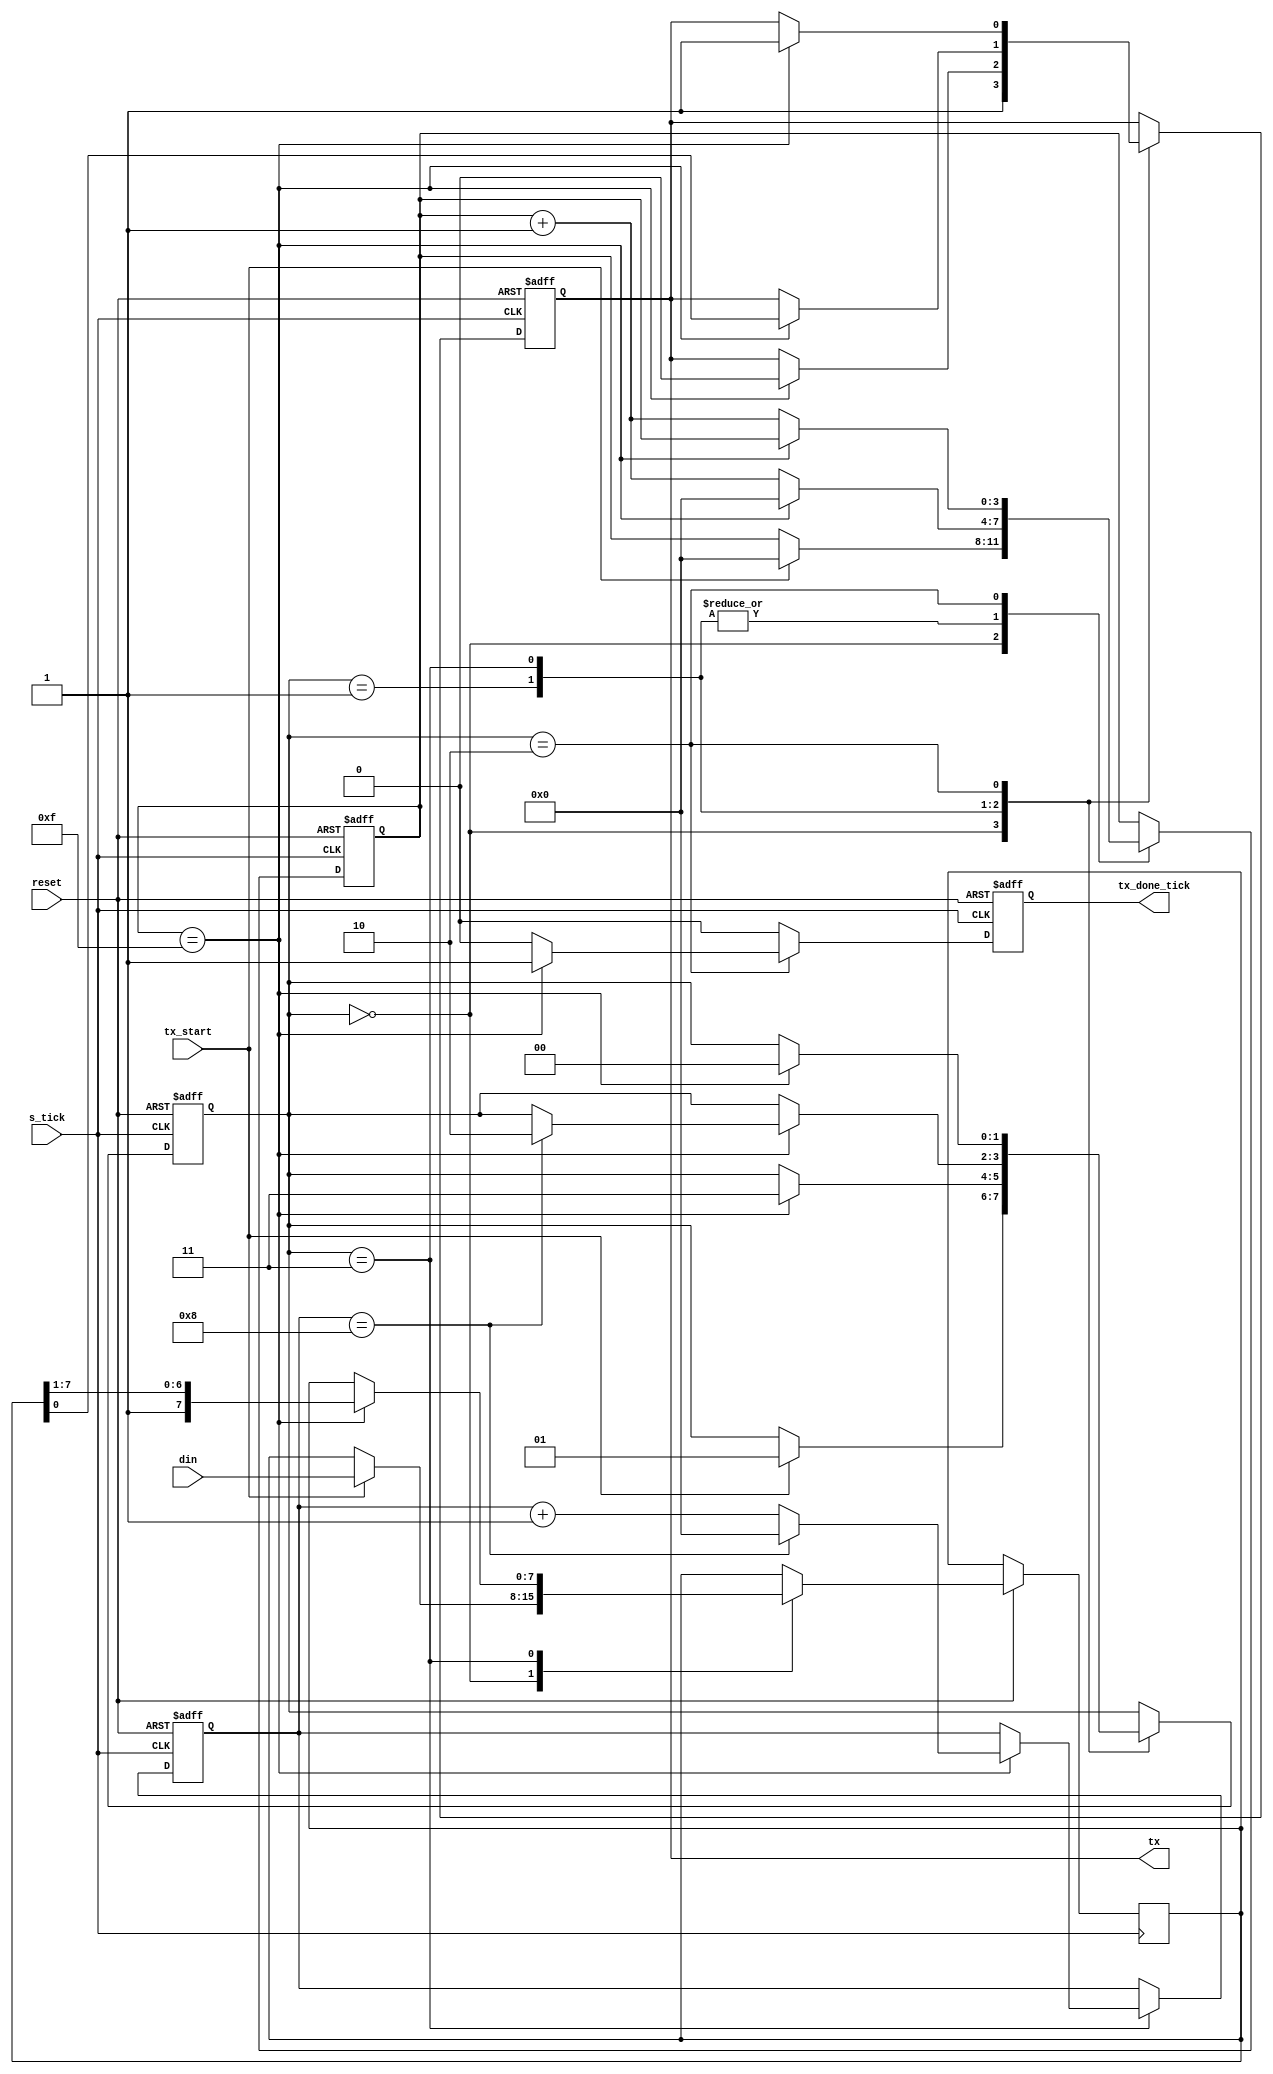

/* ------------ uart transmitter ------------------*/

module uart_transmitter (reset,tx,s_tick,tx_done_tick,tx_start,din);
  
input s_tick, // function as clock for the transmitter.
      reset,
      tx_start; // works as enable which is assertted when there new data.
input [7:0] din; // 8 bits input data.

output tx, // output bit which shiftted bit by bit.
       tx_done_tick; // flag which is assertted when the transsmision is done.
       
reg tx , tx_done_tick;

reg [3:0] sample_count; // 4 bit counter as the transmitter slower than receiver 16 times.
reg [3:0] bit_count; // 4 bit counter which count the transmitted bits.
reg [7:0] data_in = 8'b00000000; // register in which load the 8 bit input data.
// states of the FSM // 
parameter [1:0] idle = 2'b00,
                start = 2'b01,
                data = 2'b11,
                stop = 2'b10;

reg [1:0] state;

always@(posedge s_tick or negedge reset)
begin
  if (!reset)
    begin
      state <= idle;
      sample_count <= 0;
      bit_count <= 0;
      tx_done_tick <= 0;
      tx <= 1;
    end 
  else
    begin
      tx_done_tick <= 0;
      case (state)
        idle:
            begin
              tx <= 1;
              if (tx_start)
                begin
                  state <= start;
                  sample_count<= 0;
                  data_in <= din;
                end
            end
        
        start:
             begin
                   if (sample_count == 4'b1111)
                     begin
                       tx <= 0;
                       state <= data;
                       sample_count <= 0;
                     end
                   else
                     sample_count <= sample_count + 1;
             end
             
        data:
             begin
                   if (sample_count == 4'b1111)
                     begin
                       tx <= data_in[0];
                       data_in <= {1'b1 , data_in[7:1]};
                       sample_count <= 0;
                       if (bit_count == 4'b1000)
                         begin
                           state <= stop;
                           bit_count <= 0;
                         end
                       else
                         bit_count <= bit_count + 1;
                     end
                   else
                     sample_count <= sample_count + 1;
             end  
        
        stop:
            begin
              if (sample_count == 4'b1111)
                begin
                  tx <= 1'b1;
                  tx_done_tick <= 1'b1;
                  state <= idle;
                end
              else
                sample_count <= sample_count + 1;
            end  
        endcase
    
    end
end

endmodule